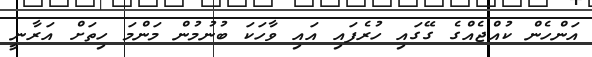
އަންހެން ކުއްޖެއްގެ ގޭގައި ހުރެފައި އައި ވާހަކަ ބުނުމުން މަންމަ ހިތަށް އަރާނީ